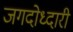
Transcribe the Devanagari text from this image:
जगदोध्दारी